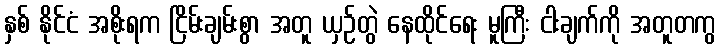
နှစ် နိုင်ငံ အစိုးရက ငြိမ်းချမ်းစွာ အတူ ယှဉ်တွဲ နေထိုင်ရေး မူကြီး ငါးချက်ကို အတူတကွ